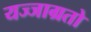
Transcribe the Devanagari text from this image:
यज्जाग्रतो